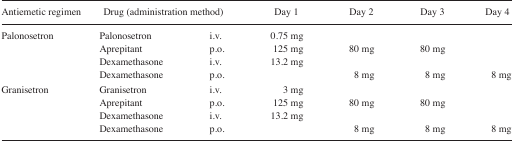
<table><thead><tr><td><b>Antiemetic regimen</b></td><td colspan="2"><b>Drug (administration method)</b></td><td><b>Day 1</b></td><td><b>Day 2</b></td><td><b>Day 3</b></td><td><b>Day 4</b></td></tr></thead><tbody><tr><td>Palonosetron</td><td>Palonosetron</td><td>i.v.</td><td>0.75 mg</td><td></td><td></td><td></td></tr><tr><td></td><td>Aprepitant</td><td>p.o.</td><td>125 mg</td><td>80 mg</td><td>80 mg</td><td></td></tr><tr><td></td><td>Dexamethasone</td><td>i.v.</td><td>13.2 mg</td><td></td><td></td><td></td></tr><tr><td></td><td>Dexamethasone</td><td>p.o.</td><td></td><td>8 mg</td><td>8 mg</td><td>8 mg</td></tr><tr><td>Granisetron</td><td>Granisetron</td><td>i.v.</td><td>3 mg</td><td></td><td></td><td></td></tr><tr><td></td><td>Aprepitant</td><td>p.o.</td><td>125 mg</td><td>80 mg</td><td>80 mg</td><td></td></tr><tr><td></td><td>Dexamethasone</td><td>i.v.</td><td>13.2 mg</td><td></td><td></td><td></td></tr><tr><td></td><td>Dexamethasone</td><td>p.o.</td><td></td><td>8 mg</td><td>8 mg</td><td>8 mg</td></tr></tbody></table>